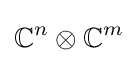
\mathbb {C} ^{n}\otimes \mathbb {C} ^{m}